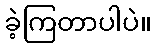
ခဲ့ကြတာပါပဲ။